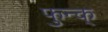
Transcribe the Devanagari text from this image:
फुन्क्